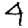
Digit: 4